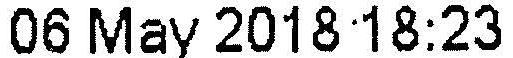
06 MAY 2018 18:23